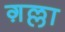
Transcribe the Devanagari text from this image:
ग़ल्ला